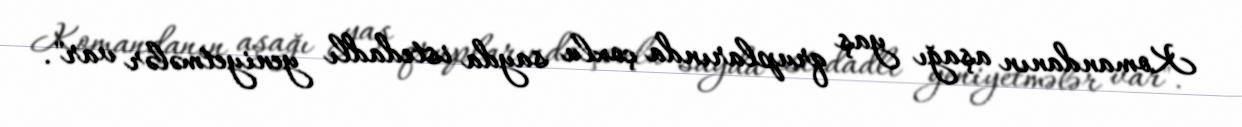
Komandanın aşağı yaş qruplarında çoxlu sayda istedadlı yeniyetmələr var".